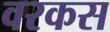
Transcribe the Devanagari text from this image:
वरकस